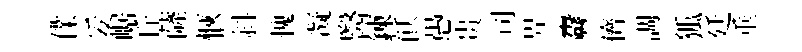
㒒妥崌丘薩愜斜愧凝醫鍊飫愚贵司畀纛儕調狐廷垂